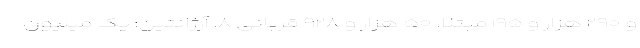
و ۲۹۰ هزار و ۱۹۵ مبتلا، ۵۰ هزار و ۹۲۸ قربانی ۸. آرژانتین: یک میلیون